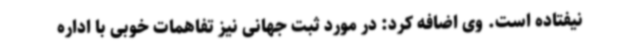
نیفتاده است. وی اضافه کرد: در مورد ثبت جهانی نیز تفاهمات خوبی با اداره